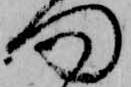
向